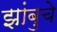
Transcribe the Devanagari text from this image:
झांबुचे